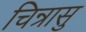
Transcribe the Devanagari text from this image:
चिन्रासु